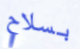
بسلاح